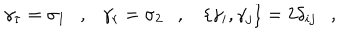
LaTeX: \gamma _ { \tau } = \sigma _ { 1 } , \gamma _ { r } = \sigma _ { 2 } , \left\{ \gamma _ { i } , \gamma _ { j } \right\} = 2 \delta _ { i j } ,